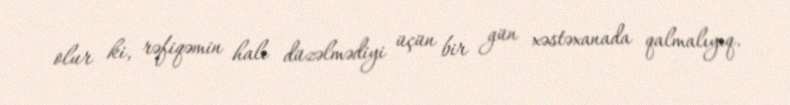
olur ki, rəfiqəmin halı düzəlmədiyi üçün bir gün xəstəxanada qalmalıyıq.